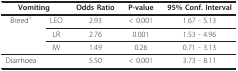
<table><thead><tr><td colspan="2"><b>Vomiting</b></td><td><b>Odds Ratio</b></td><td><b>P-value</b></td><td><b>95% Conf. Interval</b></td></tr></thead><tbody><tr><td>Breed<sup>1</sup></td><td>LEO</td><td>2.93</td><td>&lt; 0.001</td><td>1.67 - 5.13</td></tr><tr><td></td><td>LR</td><td>2.76</td><td>0.001</td><td>1.53 - 4.96</td></tr><tr><td></td><td>IW</td><td>1.49</td><td>0.26</td><td>0.71 - 3.13</td></tr><tr><td>Diarrhoea</td><td></td><td>5.50</td><td>&lt; 0.001</td><td>3.73 - 8.11</td></tr></tbody></table>